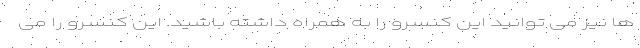
ها نیز می توانید این کنسرو را به همراه داشته باشید. این کنسرو را می